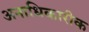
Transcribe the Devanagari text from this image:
अनाधिकारीक